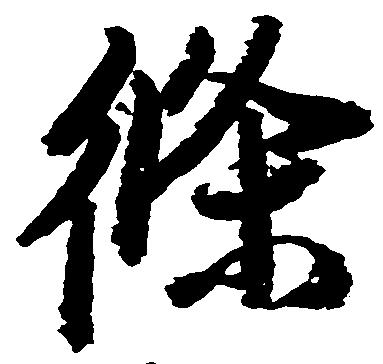
条